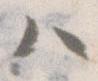
ハ